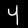
Digit: 4